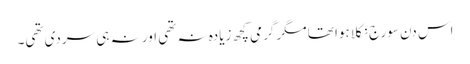
اس دن سورج نکلا ہوا تھا مگر گرمی کچھ زیادہ نہ تھی اور نہ ہی سردی تھی۔